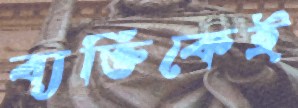
ব্যক্তিকেই